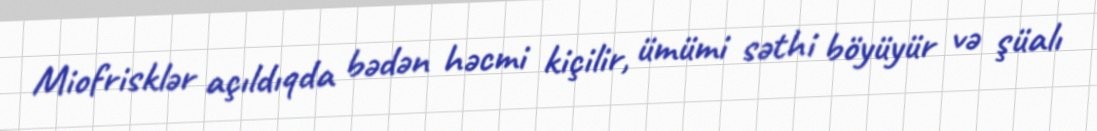
Miofrisklər açıldıqda bədən həcmi kiçilir, ümümi səthi böyüyür və şüalı